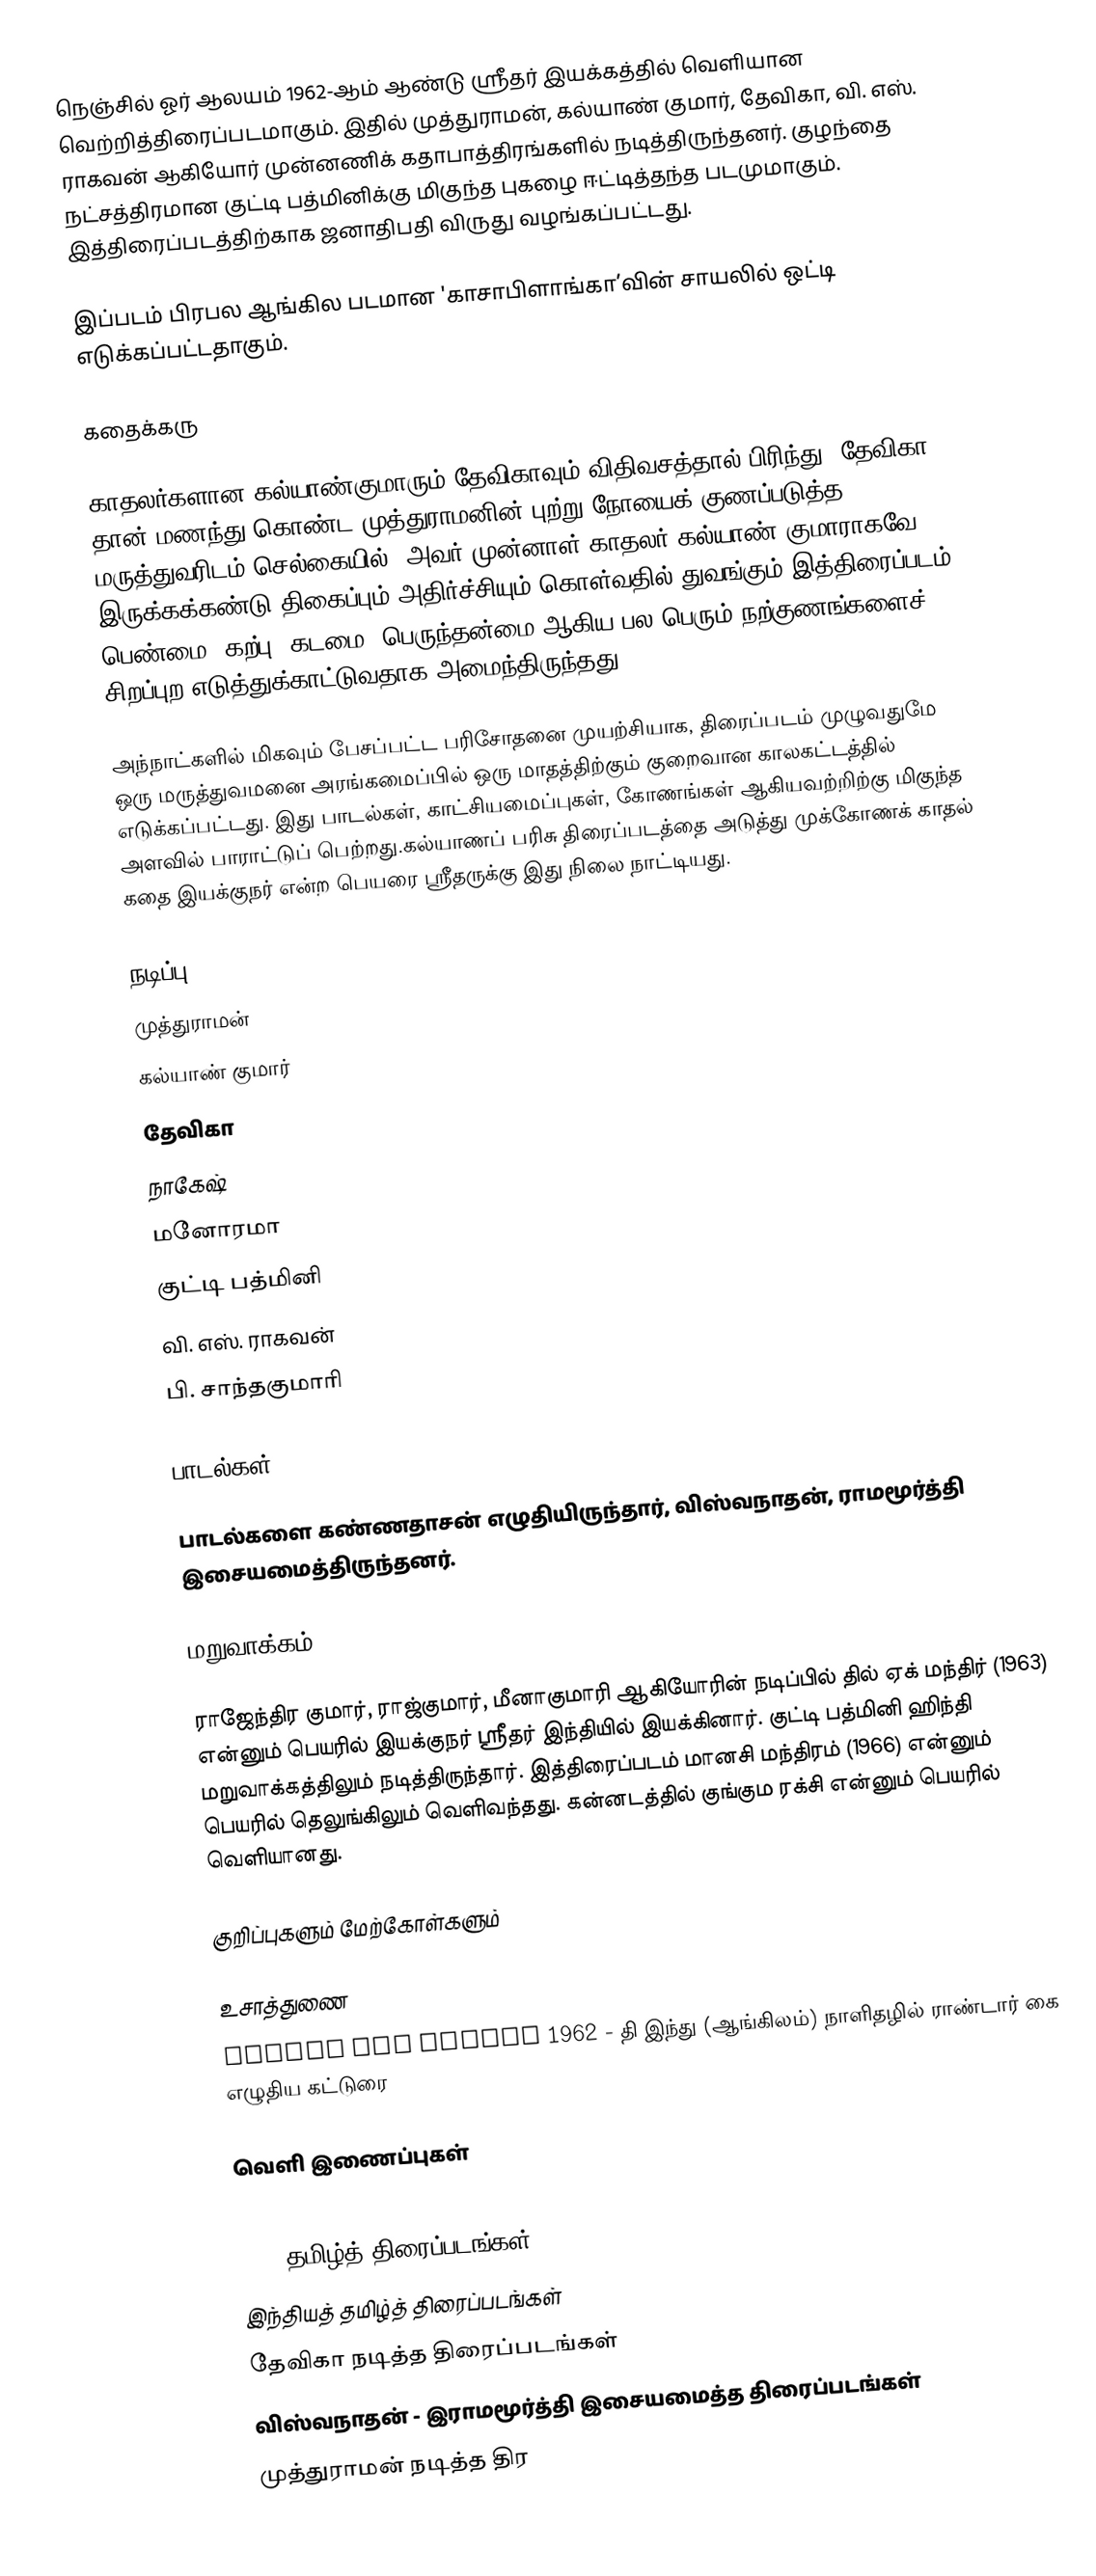
நெஞ்சில் ஓர் ஆலயம் 1962-ஆம் ஆண்டு ஸ்ரீதர் இயக்கத்தில் வெளியான வெற்றித்திரைப்படமாகும். இதில் முத்துராமன், கல்யாண் குமார், தேவிகா, வி. எஸ். ராகவன் ஆகியோர் முன்னணிக் கதாபாத்திரங்களில் நடித்திருந்தனர். குழந்தை நட்சத்திரமான குட்டி பத்மினிக்கு மிகுந்த புகழை ஈட்டித்தந்த படமுமாகும். இத்திரைப்படத்திற்காக ஜனாதிபதி விருது வழங்கப்பட்டது.

இப்படம் பிரபல ஆங்கில படமான 'காசாபிளாங்கா’வின் சாயலில் ஒட்டி எடுக்கப்பட்டதாகும்.

கதைக்கரு

காதலர்களான கல்யாண்குமாரும் தேவிகாவும் விதிவசத்தால் பிரிந்து, தேவிகா தான் மணந்து கொண்ட முத்துராமனின் புற்று நோயைக் குணப்படுத்த மருத்துவரிடம் செல்கையில், அவர் முன்னாள் காதலர் கல்யாண் குமாராகவே இருக்கக்கண்டு திகைப்பும் அதிர்ச்சியும் கொள்வதில் துவங்கும் இத்திரைப்படம், பெண்மை, கற்பு, கடமை, பெருந்தன்மை ஆகிய பல பெரும் நற்குணங்களைச் சிறப்புற எடுத்துக்காட்டுவதாக அமைந்திருந்தது.

அந்நாட்களில் மிகவும் பேசப்பட்ட பரிசோதனை முயற்சியாக, திரைப்படம் முழுவதுமே ஒரு மருத்துவமனை அரங்கமைப்பில் ஒரு மாதத்திற்கும் குறைவான காலகட்டத்தில் எடுக்கப்பட்டது. இது பாடல்கள், காட்சியமைப்புகள், கோணங்கள் ஆகியவற்றிற்கு மிகுந்த அளவில் பாராட்டுப் பெற்றது.கல்யாணப் பரிசு திரைப்படத்தை அடுத்து முக்கோணக் காதல் கதை இயக்குநர் என்ற பெயரை ஸ்ரீதருக்கு இது நிலை நாட்டியது.

நடிப்பு
 முத்துராமன்
 கல்யாண் குமார்
 தேவிகா
 நாகேஷ்
 மனோரமா
 குட்டி பத்மினி
 வி. எஸ். ராகவன்
 பி. சாந்தகுமாரி

பாடல்கள்

பாடல்களை கண்ணதாசன் எழுதியிருந்தார், விஸ்வநாதன், ராமமூர்த்தி இசையமைத்திருந்தனர்.

மறுவாக்கம்

ராஜேந்திர குமார், ராஜ்குமார், மீனாகுமாரி ஆகியோரின் நடிப்பில் தில் ஏக் மந்திர் (1963) என்னும் பெயரில் இயக்குநர் ஸ்ரீதர் இந்தியில் இயக்கினார். குட்டி பத்மினி ஹிந்தி மறுவாக்கத்திலும் நடித்திருந்தார். இத்திரைப்படம் மானசி மந்திரம் (1966) என்னும் பெயரில் தெலுங்கிலும் வெளிவந்தது. கன்னடத்தில் குங்கும ரக்சி என்னும் பெயரில் வெளியானது.

குறிப்புகளும் மேற்கோள்களும்

உசாத்துணை
 Nenjil Ore Alayam 1962 - தி இந்து (ஆங்கிலம்) நாளிதழில் ராண்டார் கை எழுதிய கட்டுரை

வெளி இணைப்புகள்

1962 தமிழ்த் திரைப்படங்கள்
இந்தியத் தமிழ்த் திரைப்படங்கள்
தேவிகா நடித்த திரைப்படங்கள்
விஸ்வநாதன் - இராமமூர்த்தி இசையமைத்த திரைப்படங்கள்
முத்துராமன் நடித்த திர